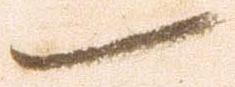
一